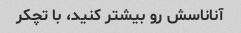
آناناسش رو بیشتر کنید، با تچکر